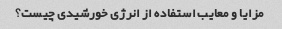
مزایا و معایب استفاده از انرژی خورشیدی چیست؟